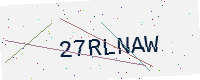
Text: 27RLNAW